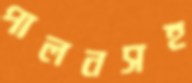
পালনসহ